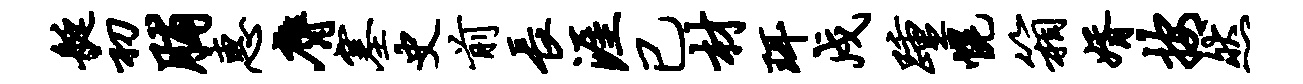
艇初脯惠膺塞史前长涯已材珥戍踵幌箱婿按然